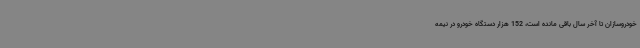
خودروسازان تا آخر سال باقی مانده است، 152 هزار دستگاه خودرو در نیمه